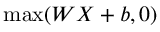
\operatorname* { m a x } ( W X + b , 0 )